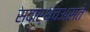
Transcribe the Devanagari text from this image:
स्वार्थचअसते